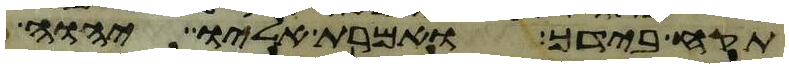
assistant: תקח בידך ואמרת אליו יהוה